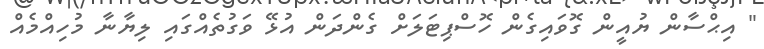
" އިޙްސާން ޔުއީން ގޮވައިގެން ހޮސްޕިޓަލަށް ގެންދަން އުޅޭ ވަގުތެއްގައި ލިޔާނާ މުހިއްމެއް